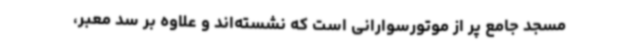
مسجد جامع پر از موتورسوارانی است که نشسته‌اند و علاوه بر سد معبر،